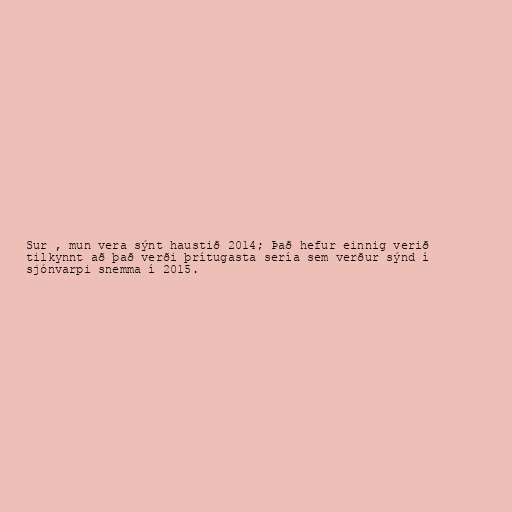
Sur , mun vera sýnt haustið 2014; Það hefur einnig verið
tilkynnt að það verði þrítugasta sería sem verður sýnd í
sjónvarpi snemma í 2015.